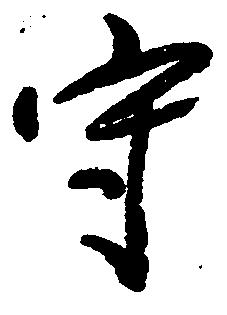
守